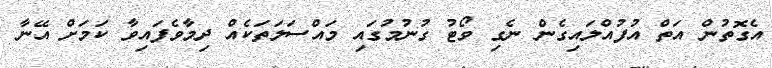
އެގޮތުން އަތް އުފުއްލައިގެން ނެގި ވޯޓު ގުނުމުގައި މައްސަލަތަކެއް ދިމާވެފައިވާ ކަމަށް އޭނާ